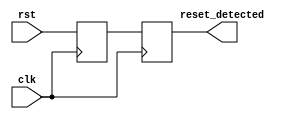
module sync_reset_detector (
    input wire clk,              // System clock signal
    input wire rst,              // Reset signal
    output reg reset_detected     // Output signal indicating reset state
);
    
    // Internal register to hold the synchronized reset state
    reg rst_sync;

    // Synchronous logic to sample the reset signal on the clock edge
    always @(posedge clk) begin
        rst_sync <= rst;          // Synchronize the reset signal with the clock
        reset_detected <= rst_sync; // Capture the state for output
    end
    
endmodule